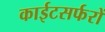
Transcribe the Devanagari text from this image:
काईटसर्फरों